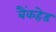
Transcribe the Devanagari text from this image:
बैंकहेड